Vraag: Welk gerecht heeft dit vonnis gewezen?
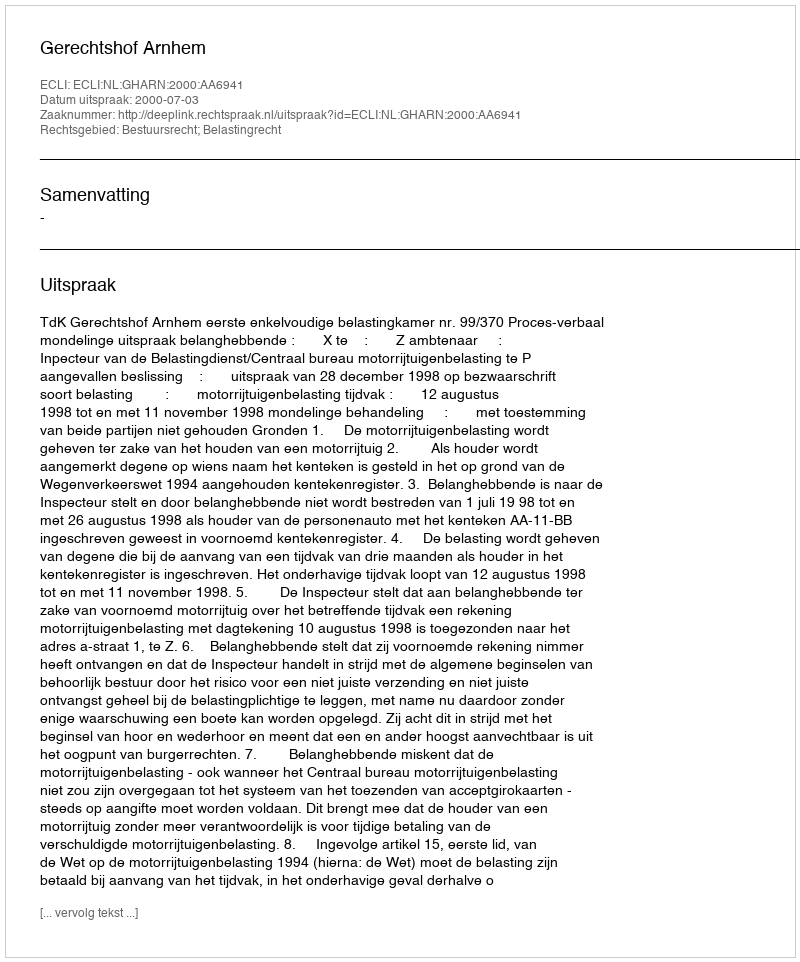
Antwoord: Gerechtshof Arnhem